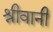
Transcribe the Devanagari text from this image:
श्रीवानी